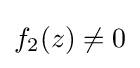
f_{2}(z)\neq 0